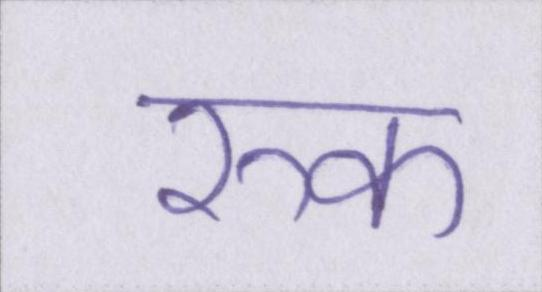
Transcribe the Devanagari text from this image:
रुक